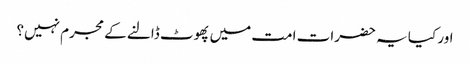
اور کیا یہ حضرات امت میں پھوٹ ڈالنے کے مجرم نہیں؟